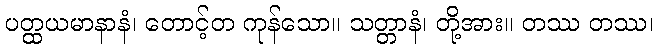
ပတ္ထယမာနာနံ၊ တောင့်တ ကုန်သော။ သတ္တာနံ၊ တို့အား။ တဿ တဿ၊